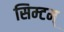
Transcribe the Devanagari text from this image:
सिम्टम्